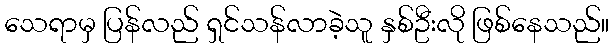
သေရာမှ ပြန်လည် ရှင်သန်လာခဲ့သူ နှစ်ဦးလို ဖြစ်နေသည်။